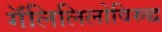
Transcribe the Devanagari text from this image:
गॅलिलिलोविरुद्ध